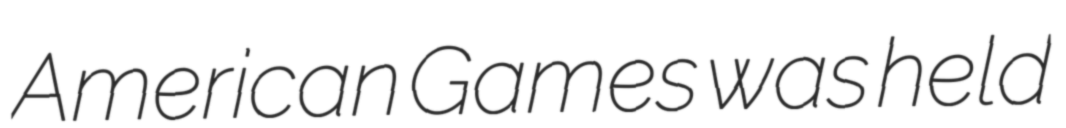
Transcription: American Games was held